system: You are a helpful assistant.
user:
Analyze the provided spectrum to determine if it is a **"Cataclysmic Variables (CV)"**.

- **Key Indicators for CV (Check for either state):**
    - **State 1: Quiescent / Low-State (Emission-Dominated)**
        - **(Primary):** Strong and *very broad* Hydrogen Balmer emission lines (e.g., $H\alpha$ at 6563 Å, $H\beta$ at 4861 Å). The 'broadness' (high velocity dispersion, often FWHM > 1000 km/s) is the key diagnostic, indicating a high-velocity accretion disk.
        - **(Secondary):** Broad neutral Helium (He I) emission lines (e.g., 5876 Å, 6678 Å).
        - **(Key Confirmation):** Presence of high-excitation *ionized* Helium (He II) emission at 4686 Å. This is a strong indicator of accretion onto a white dwarf.
        - **(Line Profile):** Emission lines may exhibit a 'double-peaked' profile, which is a classic signature of a rotating accretion disk viewed at high inclination.

    - **State 2: Outburst / High-State (Absorption-Dominated)**
        - **(Primary):** Spectrum is dominated by a bright, blue continuum (looks like a hot star).
        - **(Secondary):** The emission lines from State 1 are weak, absent, or 'filled in', and are replaced by broad, shallow *absorption* lines (primarily Balmer and He I).
        - **(Morphology):** The overall spectrum mimics a hot B/A-type star. The crucial difference is that the absorption lines are significantly broader, shallower, and more 'washed-out' (or 'smeared') than the sharp lines of a normal stellar photosphere, due to high rotational speeds and pressure broadening in the disk.

Think first, call **spectral_visualization_tool** if needed to examine features in detail, then provide your final answer. Your response must adhere to the following strict rules:
1.  **Overall Structure:** Your response must follow the format `<think>...</think> <tool_call>...</tool_call> (if a tool is used) <answer>...</answer>`.
2.  **Tool Usage Constraint:** You may only make **one** tool call per turn.
3.  **Final Answer Format:** In the `<answer>` tag, your conclusion must be inside a `\boxed{}` command (e.g., `\boxed{YES}`), followed by your justification.

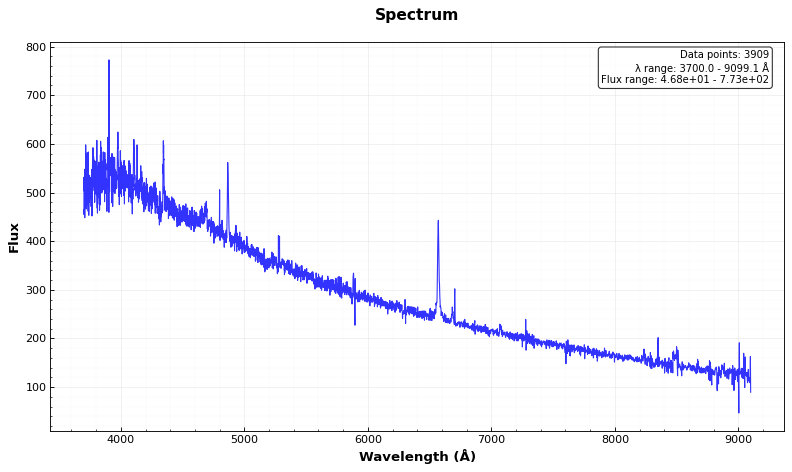
Answer: YES